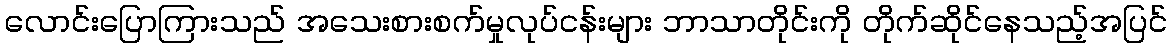
လောင်းပြောကြားသည် အသေးစားစက်မှုလုပ်ငန်းများ ဘာသာတိုင်းကို တိုက်ဆိုင်နေသည့်အပြင်